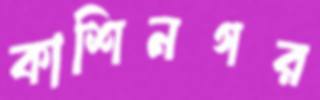
কাশিনগর